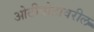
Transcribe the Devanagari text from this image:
ओटीपोटावरील